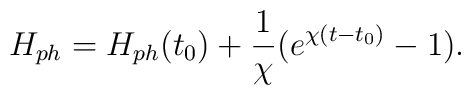
H_{ph}=H_{ph}(t_0)+\frac{1}{\chi}(e^{\chi (t-t_0)}-1).